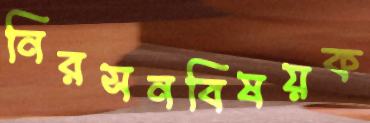
নিরসনবিষয়ক